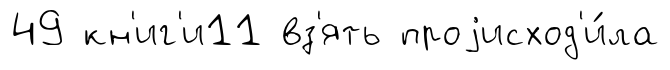
49 кн'иг'и11 вз'ять проjисход'и́ла